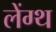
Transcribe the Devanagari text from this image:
लेंग्थ